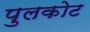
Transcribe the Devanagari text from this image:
पुलकोट